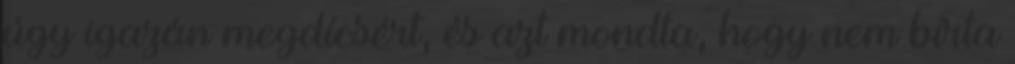
úgy igazán megdícsért, és azt mondta, hogy nem bírta